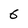
Character: 6